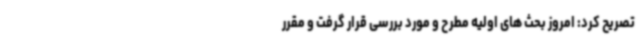
تصریح کرد: امروز بحث های اولیه مطرح و مورد بررسی قرار گرفت و مقرر